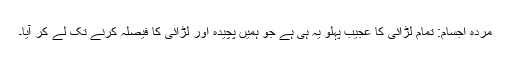
مردہ اجسام: تمام لڑائی کا عجیب پہلو یہ ہی ہے جو ہمیں پچیدہ اور لڑائی کا فیصلہ کرنے تک لے کر آیا۔